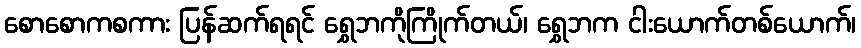
စောစောကစကား ပြန်ဆက်ရရင် ရွှေဘကိုကြိုက်တယ်၊ ရွှေဘက ငါးယောက်တစ်ယောက်၊